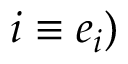
i \equiv e _ { i } )